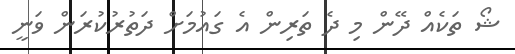
ޝޯ ތަކެއް ދޭން މި ދެ ތަރިން އެ ގައުމަށް ދަތުރުކުރަން ވަނީ